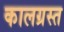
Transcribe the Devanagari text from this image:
कालग्रस्त